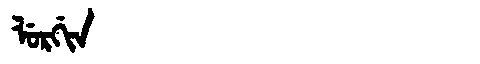
Manchu: ᠯᡠᡵᡤᡳᠨ
Romanization: LURGIN